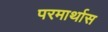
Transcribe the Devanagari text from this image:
परमार्थास